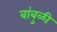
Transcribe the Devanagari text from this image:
बांबुळी